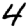
Digit: 4